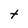
Character: t